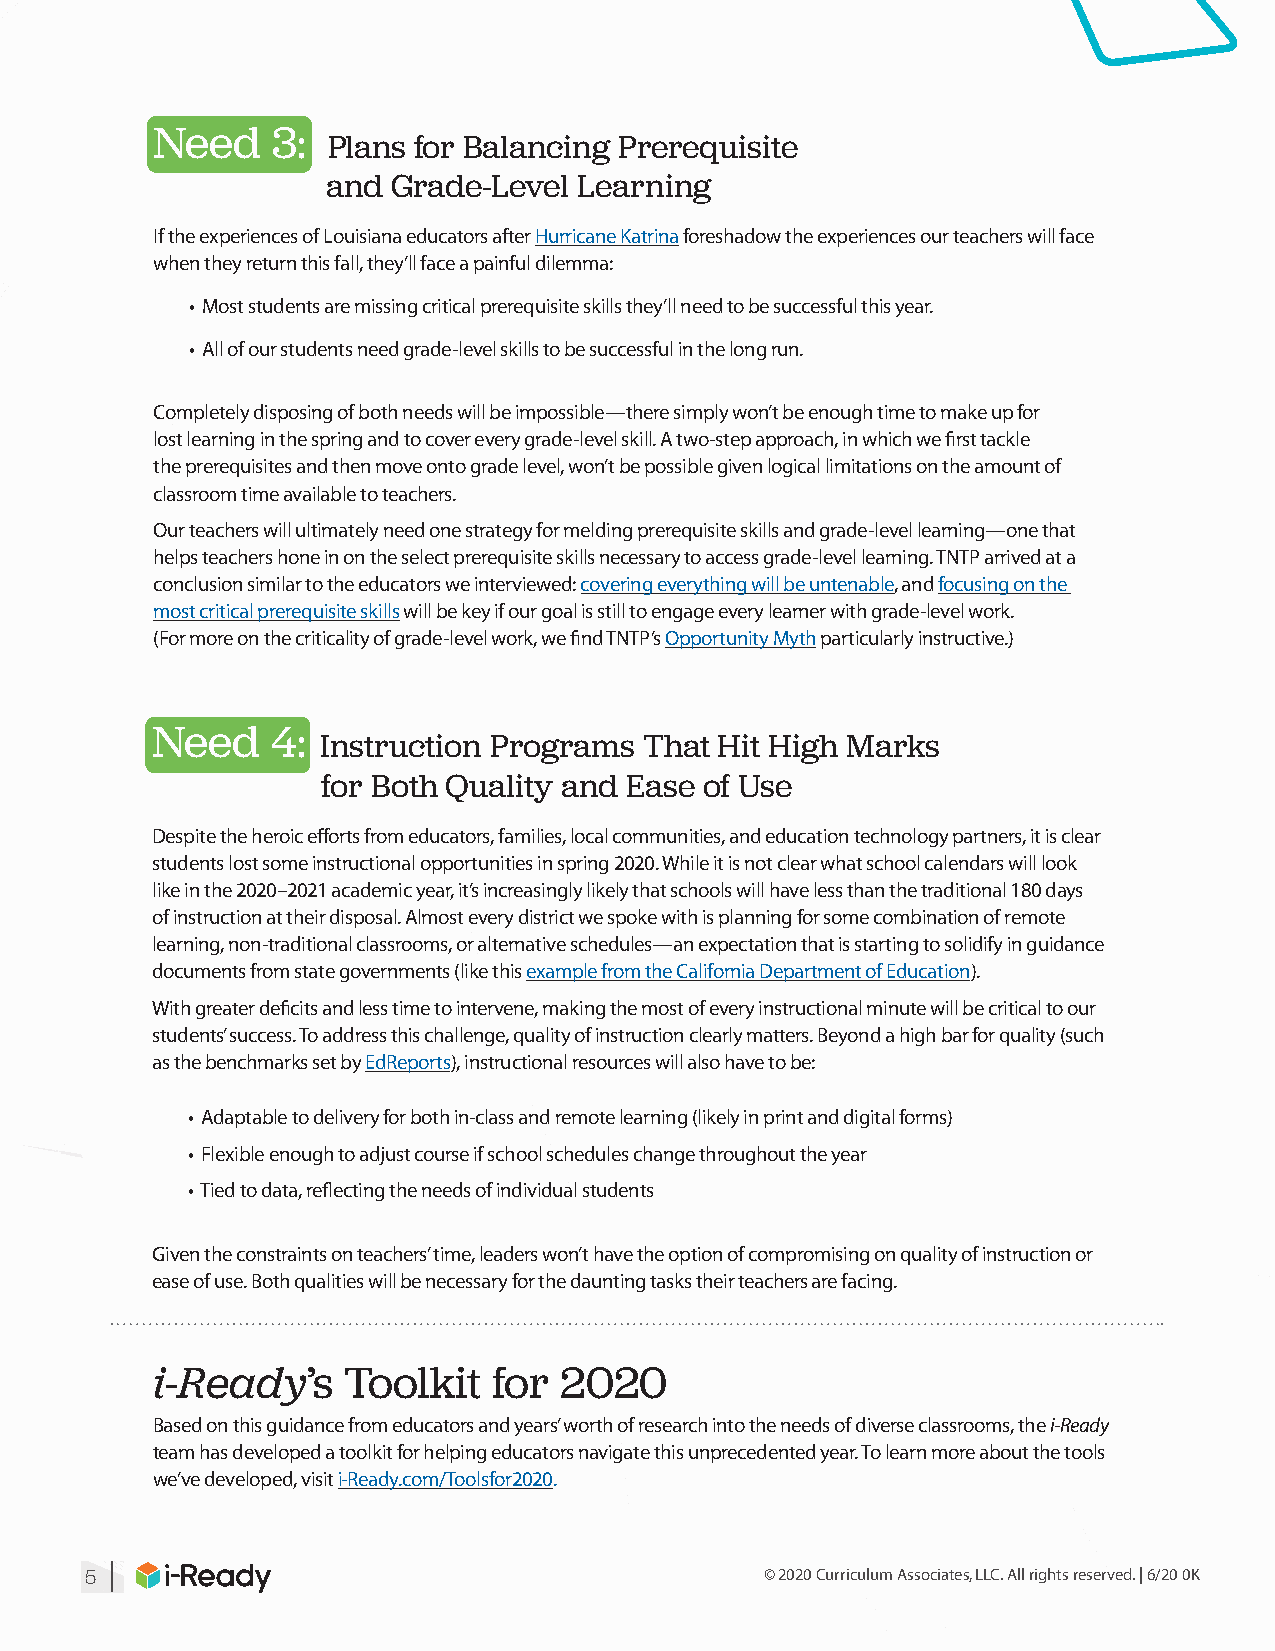
Need    3:
 Plans for Balancing Prerequisite
 and Grade-Level Learning
 If the experiences of Louisiana educators after Hurricane Katrina foreshadow the experiences our teachers will face
 when they return this fall, they’ll face a painful dilemma:
 • Most students are missing critical prerequisite skills they’ll need to be successful this year.
 • All of our students need grade-level skills to be successful in the long run.
 Completely disposing of both needs will be impossible—there simply won’t be enough time to make up for
 lost learning in the spring and to cover every grade-level skill. A two-step approach, in which we first tackle
 the prerequisites and then move onto grade level, won’t be possible given logical limitations on the amount of
 classroom time available to teachers.
 Our teachers will ultimately need one strategy for melding prerequisite skills and grade-level learning—one that
 helps teachers hone in on the select prerequisite skills necessary to access grade-level learning. TNTP arrived at a
 conclusion similar to the educators we interviewed: covering everything will be untenable, and focusing on the
 most critical prerequisite skills will be key if our goal is still to engage every learner with grade-level work.
 (For more on the criticality of grade-level work, we find TNTP’s Opportunity Myth particularly instructive.)
 Need    4:
 Instruction Programs  That Hit High Marks
 for Both Quality and Ease of Use
 Despite the heroic efforts from educators, families, local communities, and education technology partners, it is clear
 students lost some instructional opportunities in spring 2020. While it is not clear what school calendars will look
 like in the 2020–2021 academic year, it’s increasingly likely that schools will have less than the traditional 180 days
 of instruction at their disposal. Almost every district we spoke with is planning for some combination of remote
 learning, non-traditional classrooms, or alternative schedules—an expectation that is starting to solidify in guidance
 documents from state governments (like this example from the California Department of Education).
 With greater deficits and less time to intervene, making the most of every instructional minute will be critical to our
 students’ success. To address this challenge, quality of instruction clearly matters. Beyond a high bar for quality (such
 as the benchmarks set by EdReports), instructional resources will also have to be:
 • Adaptable to delivery for both in-class and remote learning (likely in print and digital forms)
 • Flexible enough to adjust course if school schedules change throughout the year
 • Tied to data, reflecting the needs of individual students
 Given the constraints on teachers’ time, leaders won’t have the option of compromising on quality of instruction or
 ease of use. Both qualities will be necessary for the daunting tasks their teachers are facing.
 i-Ready’s    Toolkit   for 2020
 Based on this guidance from educators and years’ worth of research into the needs of diverse classrooms, the i-Ready
 team has developed a toolkit for helping educators navigate this unprecedented year. To learn more about the tools
 we’ve developed, visit i-Ready.com/Toolsfor2020.
 |
 5                                            © 2020 Curriculum Associates, LLC. All rights reserved. | 6/20 0K